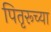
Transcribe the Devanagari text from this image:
पितृरूच्या